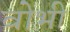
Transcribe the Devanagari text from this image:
वोभी